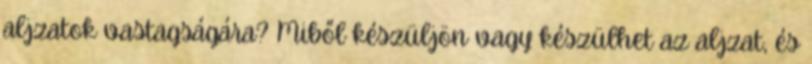
aljzatok vastagságára? Miből készüljön vagy készülhet az aljzat, és